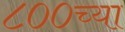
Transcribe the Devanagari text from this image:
८००च्या